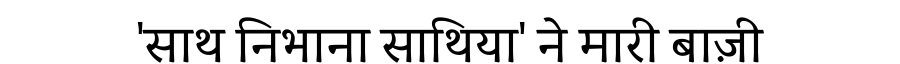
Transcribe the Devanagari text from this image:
'साथ निभाना साथिया' ने मारी बाज़ी